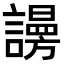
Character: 𧬒